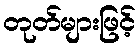
တုတ်များဖြင့်